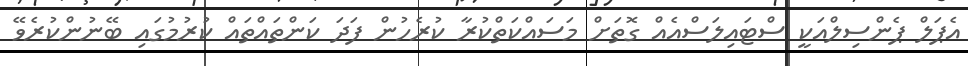
އެޕަލް ޕެންސިލްއަކީ ސްޓައިލަސްއެއް ގޮތަށް މަސައްކަތްކުރާ ކުރެހުން ފަދަ ކަންތައްތައް ކުރުމުގައި ބޭނުންކުރެވޭ